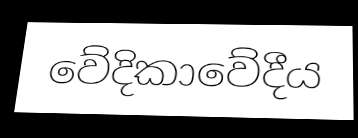
වේදිකාවේදීය